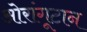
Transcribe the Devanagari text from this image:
ओरांगूटान